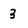
Character: 3